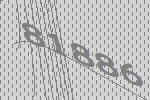
81886